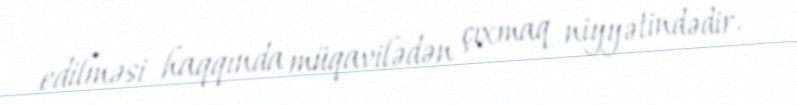
edilməsi haqqında müqavilədən çıxmaq niyyətindədir.